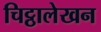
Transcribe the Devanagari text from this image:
चिट्ठालेखन